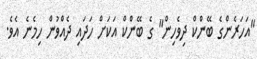
"އަހަރެންގެ ބޭންކް ދިވެހިން" ގެ ބޭންކް އަކަށް ހަދައި ދެއްވުން ހިމެނެ އެވެ.